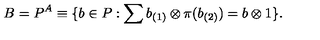
B = P ^ { A } \equiv \{ b \in P : \sum b _ { ( 1 ) } \otimes \pi ( b _ { ( 2 ) } ) = b \otimes 1 \} .